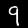
Label: 9